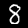
Digit: 8